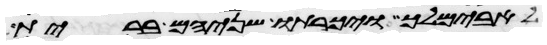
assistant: לאבימלך ויכרתו שניהם ברית